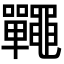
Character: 𪓽